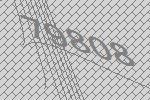
79808